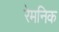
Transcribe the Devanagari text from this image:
रेमनिक